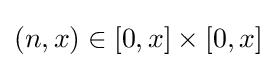
(n,x)\in [0,x]\times [0,x]